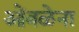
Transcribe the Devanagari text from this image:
ओंबळेना